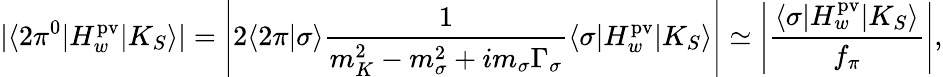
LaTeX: |\langle 2\pi^{0}|H_{w}^{\mathrm{pv}}|K_{S}\rangle|=\left|2\langle 2\pi|\sigma\rangle\frac{1}{m_{K}^{2}-m_{\sigma}^{2}+im_{\sigma}\Gamma_{\sigma}}\langle\sigma|H_{w}^{\mathrm{pv}}|K_{S}\rangle\right|\simeq\left|\frac{\langle\sigma|H_{w}^{\mathrm{pv}}|K_{S}\rangle}{f_{\pi}}\right|,